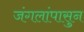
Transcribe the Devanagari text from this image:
जंगलांपासुन